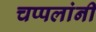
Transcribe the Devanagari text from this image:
चप्पलांनी